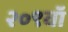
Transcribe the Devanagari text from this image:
२०९वॉ